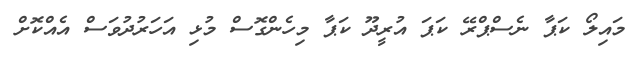
މައިލޯ ކަޕާ ނެސްޕްރޭ ކަޕަ އުރީދޫ ކަޕާ މިހެންގޮސް މުޅި އަހަރުދުވަސް އެއްކޮށް